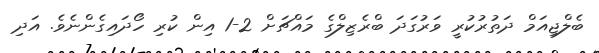
ބެލްޖިއަމް ދަތުރުކުރީ ވަރުގަދަ ބްރެޒިލްގެ މައްޗަށް 2-1 އިން ކުރި ހޯދައިގެންނެވެ. އަދި